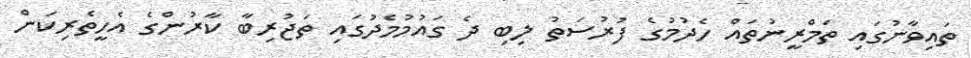
ތައިވާނުގައި ތަމްރީނުތައް ހެދުމުގެ ފުރުސަތު ލިބި ދެ ގައުމުމެދުގައި ތަޖުރިބާ ކާރުންގެ އެހީތެރިކަން